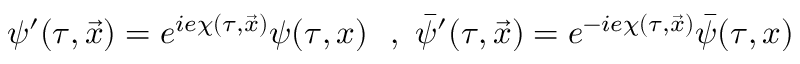
\psi ^ { \prime } ( \tau , \vec { x } ) = e ^ { i e \chi ( \tau , \vec { x } ) } \psi ( \tau , x ) { } ~ ~ , ~ \bar { \psi } ^ { \prime } ( \tau , \vec { x } ) = e ^ { - i e \chi ( \tau , \vec { x } ) } \bar { \psi } ( \tau , x )